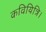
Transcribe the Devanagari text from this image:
कवियित्रि।